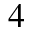
4